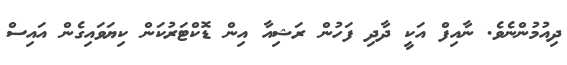
ދިއުމުންނެވެ. ނާއިފް އަކީ ދާދި ފަހުން ރަޝިއާ އިން ޑޮކްޓަރުކަން ކިޔަވައިގެން އައިސް